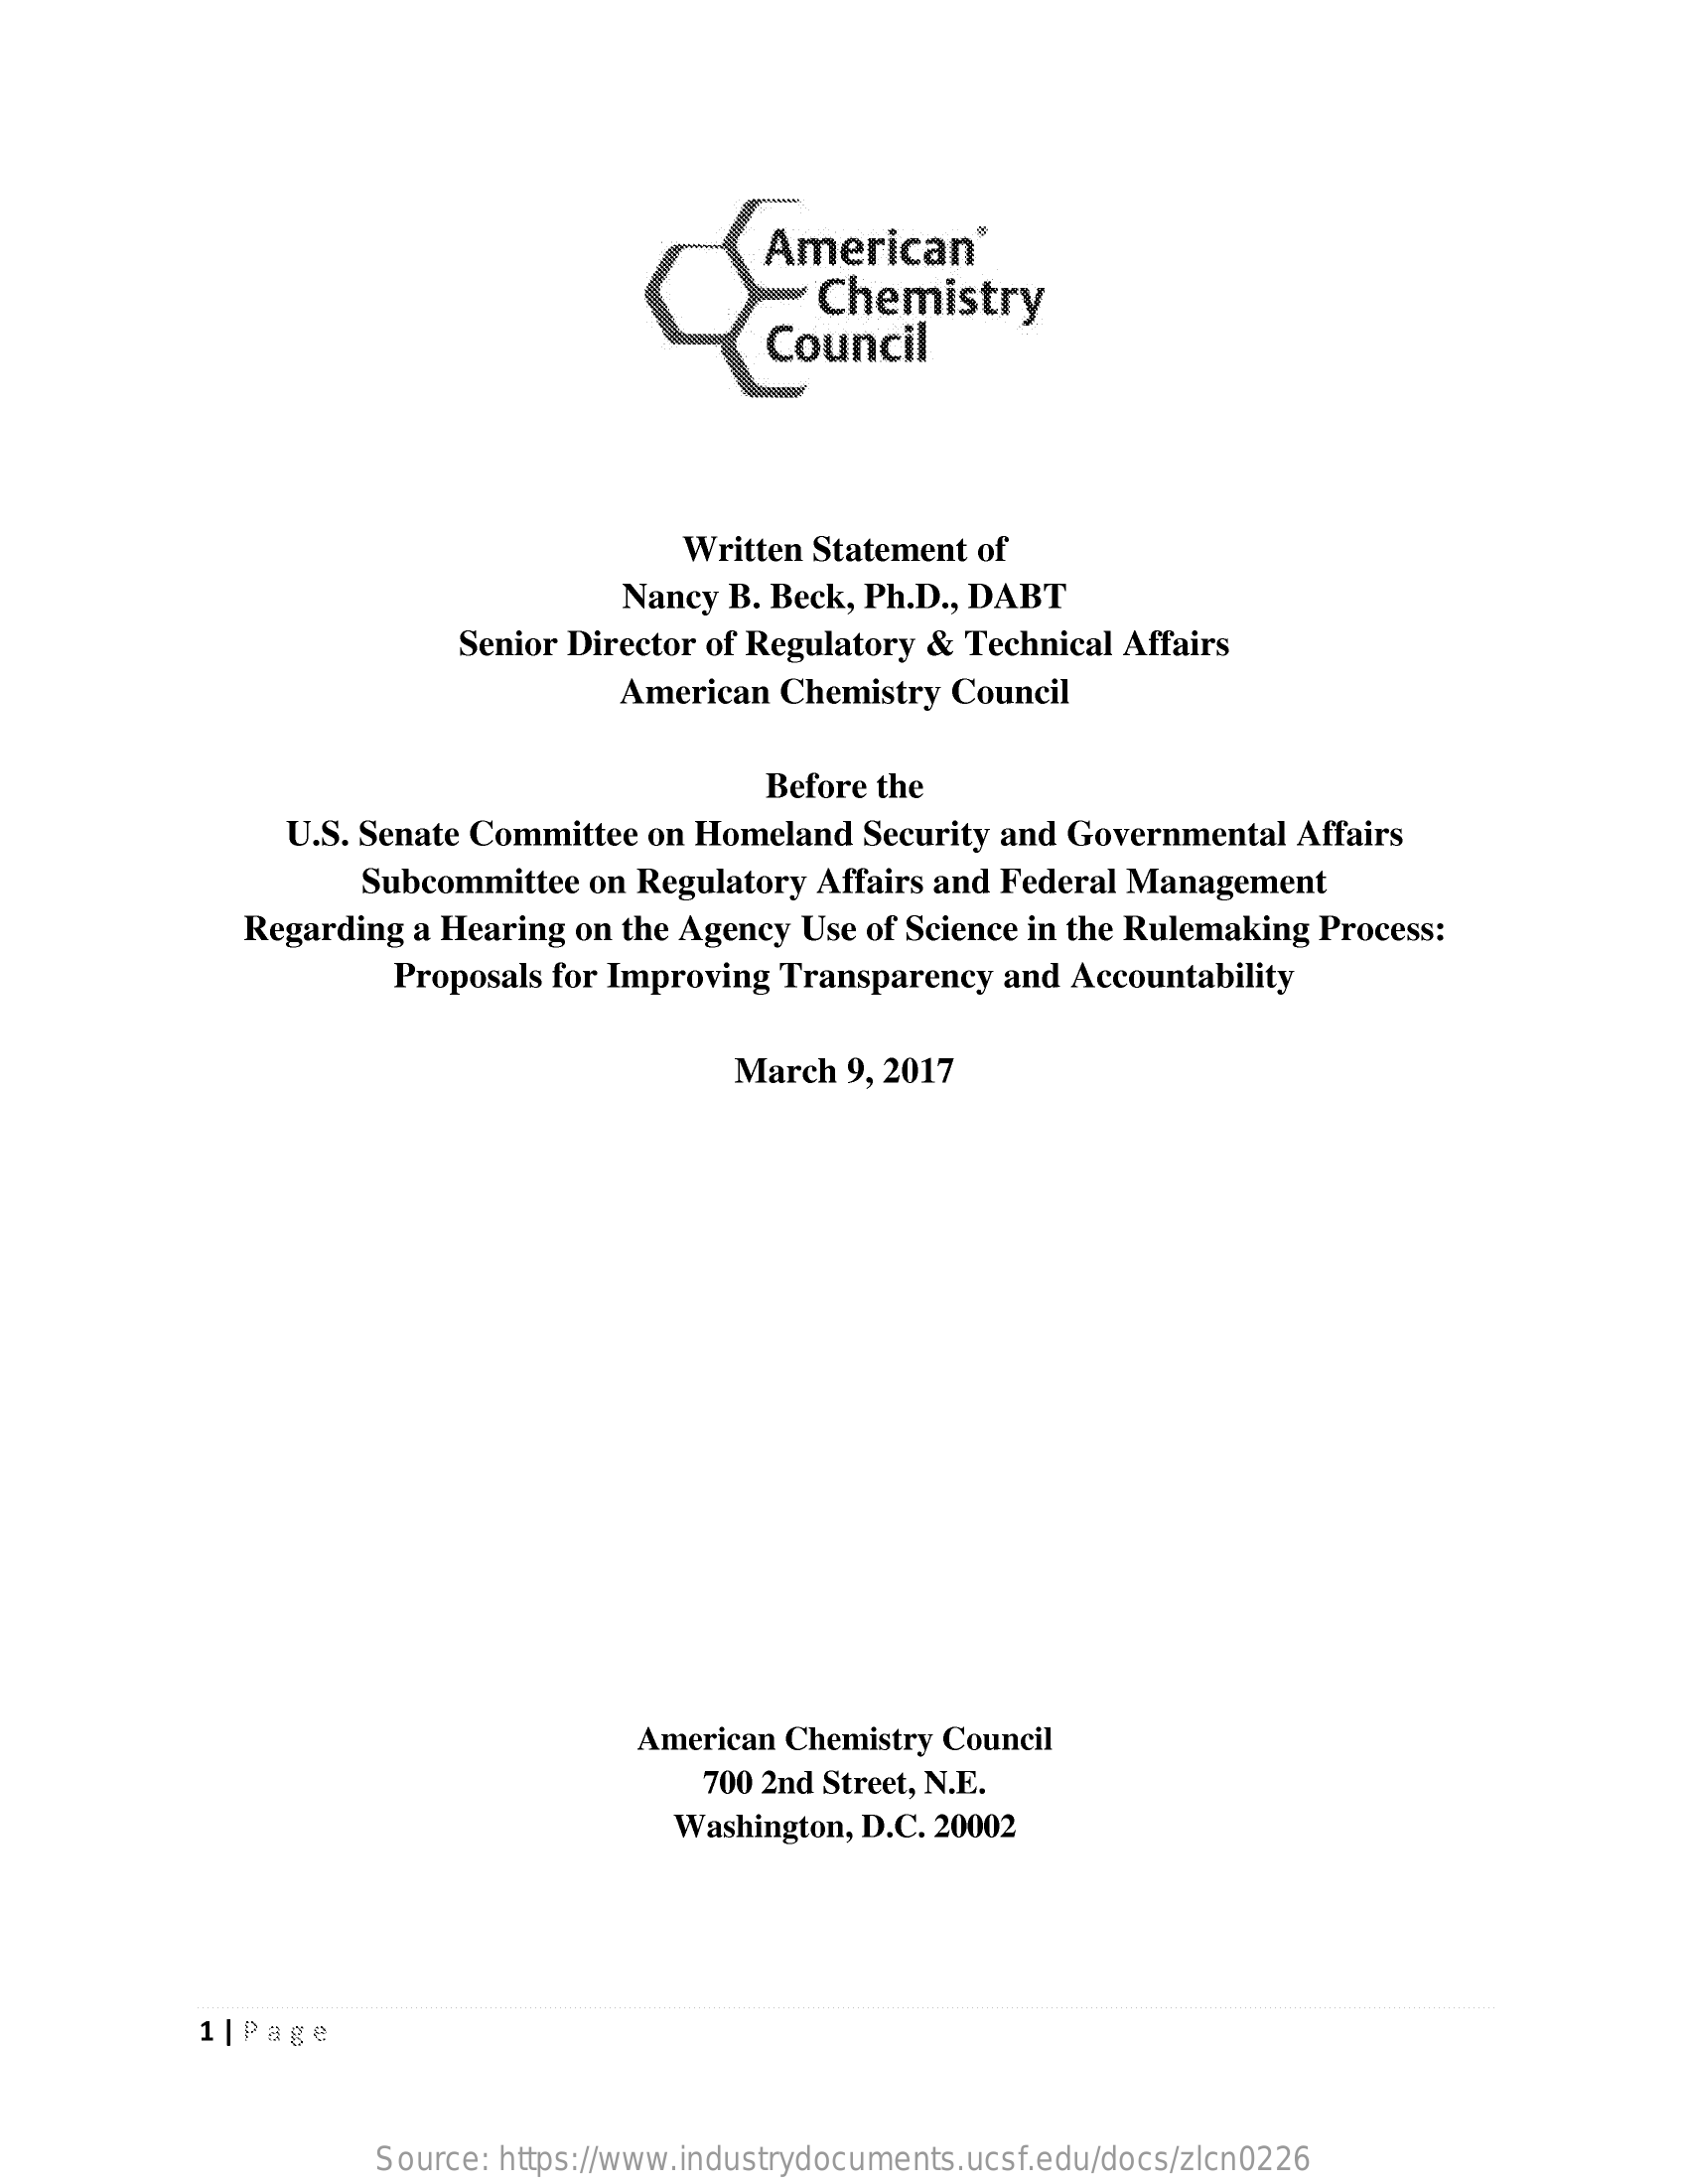
American
     Chemistry
     Council
     Written Statement of
     Nancy B. Beck, Ph.D ., DABT
     Senior Director of Regulatory & Technical Affairs
     American Chemistry Council
     Before the
     U.S. Senate Committee on Homeland Security and Governmental Affairs
     Subcommittee on Regulatory Affairs and Federal Management
     Regarding a Hearing on the Agency Use of Science in the Rulemaking Process:
     Proposals for Improving Transparency and Accountability
     March 9, 2017
     American Chemistry Council
     700 2nd Street, N.E.
     Washington, D.C. 20002
     1 | Page
     Source: https://www.industrydocuments.ucsf.edu/docs/zlcn0226